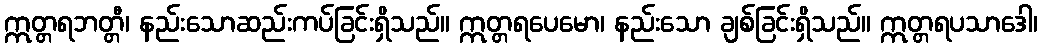
ဣတ္တရဘတ္တီ၊ နည်းသောဆည်းကပ်ခြင်းရှိသည်။ ဣတ္တရပေမော၊ နည်းသော ချစ်ခြင်းရှိသည်။ ဣတ္တရပသာဒေါ၊